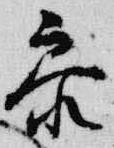
参